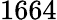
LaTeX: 1664